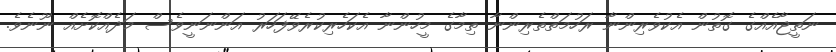
ނަތީޖާއެއްގެ ގޮތުން އެކުވެރިންނާ ރަހުމަތްތެރިންނާ ތިމާގެ މީހުންނާ އެކަހެރިކުރެވޭފަހަރު އަންނަނީވެސް މަދެއްކޮށެއް ނޫނެވެ.